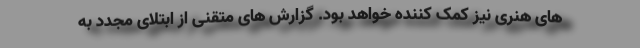
های هنری نیز کمک کننده خواهد بود. گزارش های متقنی از ابتلای مجدد به